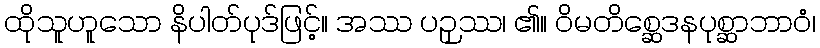
ထိုသူဟူသော နိပါတ်ပုဒ်ဖြင့်။ အဿ ပဉှဿ၊ ၏။ ဝိမတိစ္ဆေဒနပုစ္ဆာဘာဝံ၊